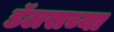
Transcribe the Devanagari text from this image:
डॅलसच्या